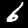
Label: 6